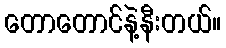
တောတောင်နဲ့နီးတယ်။